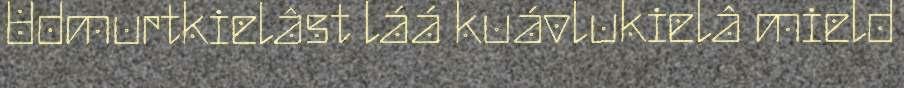
Udmurtkielâst láá kuávlukielâ mield